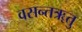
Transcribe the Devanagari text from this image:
वसन्तॠतु